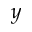
y